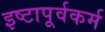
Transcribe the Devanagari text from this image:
इष्टापूर्वकर्म